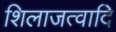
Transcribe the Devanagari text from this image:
शिलाजत्वादि